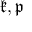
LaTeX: { \mathfrak { k } } , { \mathfrak { p } }